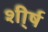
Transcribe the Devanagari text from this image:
शी्र्ष